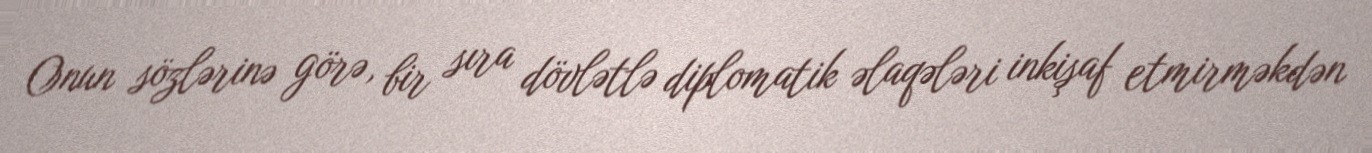
Onun sözlərinə görə, bir sıra dövlətlə diplomatik əlaqələri inkişaf etmirməkdən